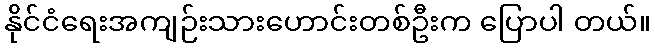
နိုင်ငံရေးအကျဉ်းသားဟောင်းတစ်ဦးက ပြောပါ တယ်။